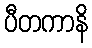
ပီတကာနိ